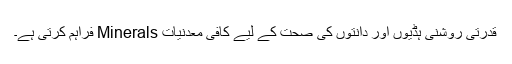
قدرتی روشنی ہڈیوں اور دانتوں کی صحت کے لیے کافی معدنیات Minerals فراہم کرتی ہے۔